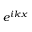
e ^ { i k x }